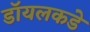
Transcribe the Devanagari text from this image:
डॉयलकडे